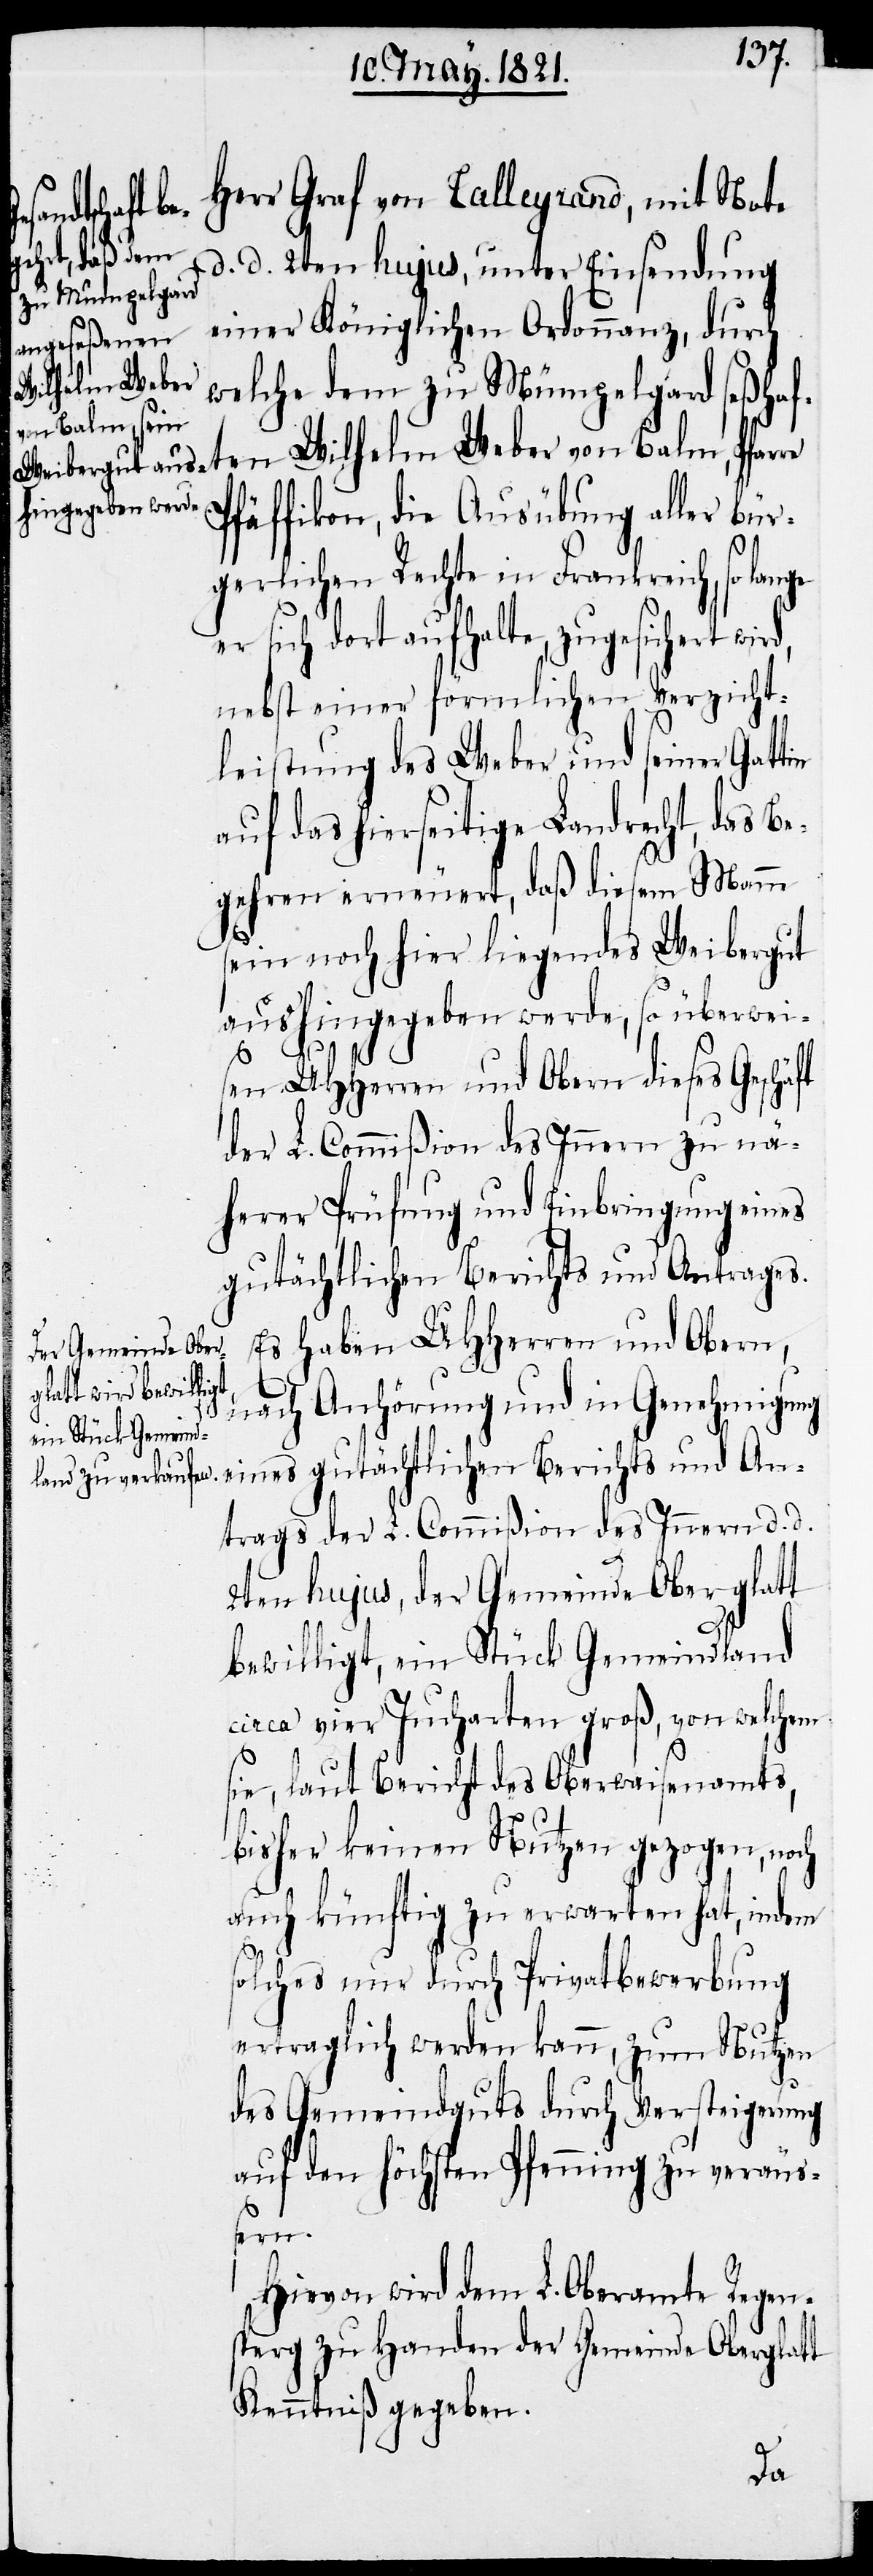
Herr Graf von Talleyrand, mit Note
d. d. 2ten hujus, unter Einsendung
einer Königlichen Ordonnanz, durch
welche dem zu Mümpelgard seßhaf¬
ten Wilhelm Weber von Balm, Pfar¬
Pfäffikon, die Ausübung aller bür¬
d,
gerlichen Rechte in Frankreich, so la¬
sich dort aufhalte, zugesichert wir¬
nebst einer förmlichen Verzicht¬
leistung des Weber und seiner Gattin
auf das hierseitige Landrecht, das Be¬
gehren erneuert, daß diesem Mann
sein noch hier liegendes Weibergut
aushingegeben werde, so überweis¬
re
en UHHerren und Obern dieses Geschäft
der L. Commißion des Innern zu nä¬
herer Prüfung und Einbringung eines
gutächtlichen Berichts und Antrages.
Es haben UHHerren und Obern,
nach Anhörung und in Genehmigung
eines gutächtlichen Berichts und An¬
trags der L. Commißion des Innern d. d.
2ten hujus, der Gemeinde Oberglatt
nge er
bewilligt, ein Stück Gemeindland
circa vier Jucharten groß, von welchem
sie, laut Bericht des Oberwaisenamts,
bisher keinen Nutzen gezogen, noch
auch künftig zu erwarten hat, indem
solches nur durch Privatbewerbung
ertraglich werden kann, zum Nutzen
des Gemeindguts durch Versteigerung
auf den höchsten Pfenning zu veräu¬
ßern.
Hievon wird dem L. Oberamte Regen¬
sperg zu Handen der Gemeinde Oberglatt
Kenntniß gegeben.